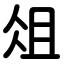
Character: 俎